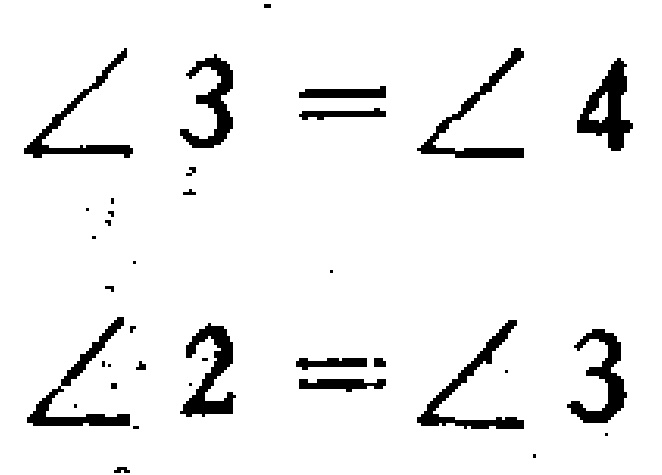
\[\angle 3 = \angle 4\]

\[\angle 2 = \angle 3\]